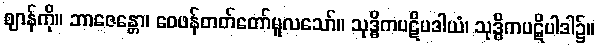
ဈာန်ကို။ ဘာဇေန္တော၊ ဝေဖန်တတ်တော်မူလသော်။ သုဒ္ဓိကပဋိပဒါယံ၊ သုဒ္ဓိကပဋိပါဒါ၌။